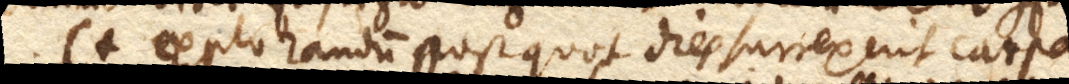
(+ Explorandum post quot dies surrexerit carpa,